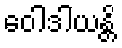
ဝေါဒါယန္တိ